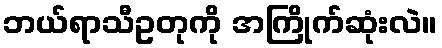
ဘယ်ရာသီဥတုကို အကြိုက်ဆုံးလဲ။